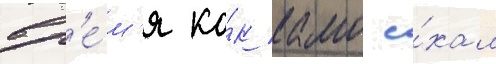
вр'е́м'я ка́к камо е́хал